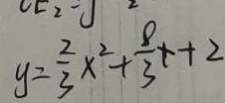
y = \frac { 2 } { 3 } x ^ { 2 } + \frac { 8 } { 3 } x + 2